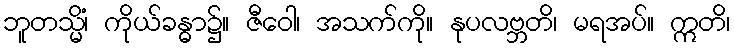
ဘူတသ္မိံ၊ ကိုယ်ခန္ဓာ၌။ ဇီဝေါ၊ အသက်ကို။ နုပလဗ္ဘတိ၊ မရအပ်။ ဣတိ၊